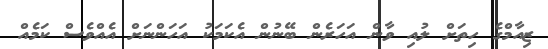
ޒިއާމްގެ ހިތަށް ލުއި ވާން އަހަރެން ބޭނުން އެކަމަކު އަހަންނަށް އެއްވެސް ކަމެއް